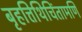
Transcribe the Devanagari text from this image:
बृहत्तिथिचिंतामणि